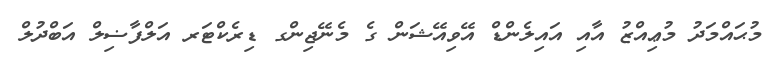
މުޙައްމަދު މުޢިއްޒު އާއި އައިލެންޑް އޭވިއޭޝަން ގެ މެނޭޖިންގ ޑިރެކްޓަރ އަލްފާޟިލް އަބްދުލް